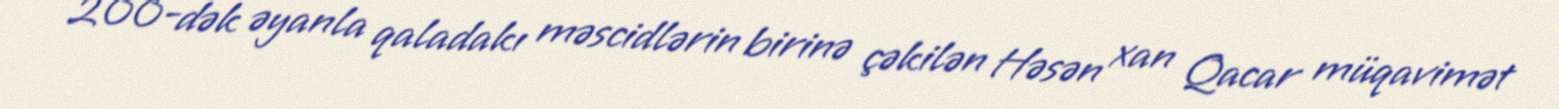
200-dək əyanla qaladakı məscidlərin birinə çəkilən Həsən xan Qacar müqavimət